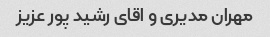
مهران مدیری و اقای رشید پور عزیز